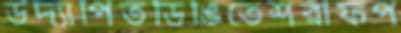
উদ্‌যাপিতডিঙিতেশরীফপ